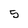
Character: 5